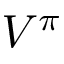
V ^ { \pi }